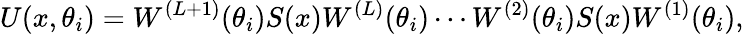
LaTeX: U(x,\theta_{i})=W^{(L+1)}(\theta_{i})S(x)W^{(L)}(\theta_{i})\cdots W^{(2)}(\theta_{i})S(x)W^{(1)}(\theta_{i}),